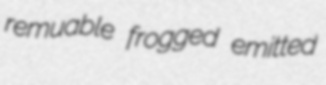
remuable frogged emitted